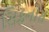
સિફનોસ